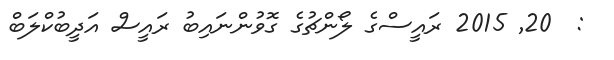
:  20